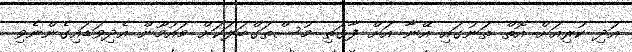
އަދި ކުރިއަށް އޮތް ތަނުގައި އޭނާ އަށް ފާގަތި މުސްތަގްބަލަކަށް މައުމޫން އެދިވަޑައިގެންނެވި